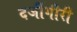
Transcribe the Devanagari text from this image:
दर्जीगीरी